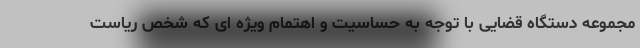
مجموعه دستگاه قضایی با توجه به حساسیت و اهتمام ویژه ای که شخص ریاست